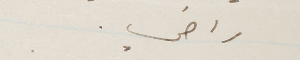
راضي.